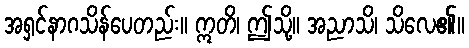
အရှင်နာဂသိန်ပေတည်း။ ဣတိ၊ ဤသို့။ အညာသိ၊ သိလေ၏။